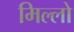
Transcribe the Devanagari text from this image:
मिल्लो